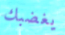
يغضبك